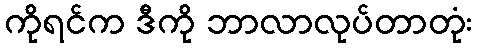
ကိုရင်က ဒီကို ဘာလာလုပ်တာတုံး